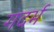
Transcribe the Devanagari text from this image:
गदर्भ